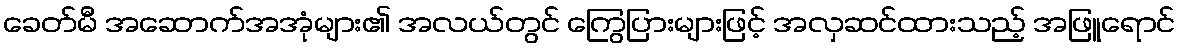
ခေတ်မီ အဆောက်အအုံများ၏ အလယ်တွင် ကြွေပြားများဖြင့် အလှဆင်ထားသည့် အဖြူရောင်